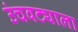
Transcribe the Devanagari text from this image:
उंचवट्याला